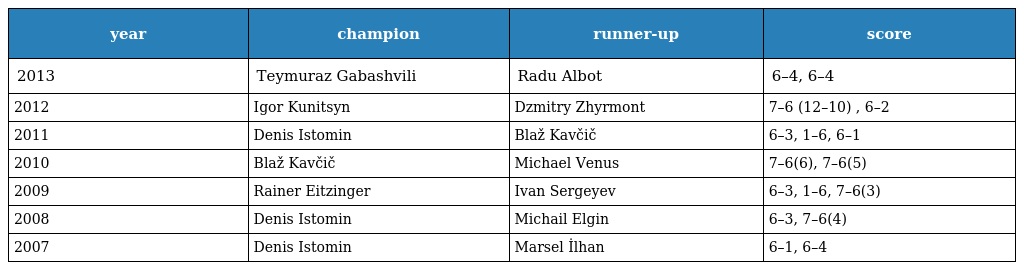
| year | champion | runner-up | score |
 | --- | --- | --- | --- |
 | 2013 | Teymuraz Gabashvili | Radu Albot | 6–4, 6–4 |
 | 2012 | Igor Kunitsyn | Dzmitry Zhyrmont | 7–6 (12–10) , 6–2 |
 | 2011 | Denis Istomin | Blaž Kavčič | 6–3, 1–6, 6–1 |
 | 2010 | Blaž Kavčič | Michael Venus | 7–6(6), 7–6(5) |
 | 2009 | Rainer Eitzinger | Ivan Sergeyev | 6–3, 1–6, 7–6(3) |
 | 2008 | Denis Istomin | Michail Elgin | 6–3, 7–6(4) |
 | 2007 | Denis Istomin | Marsel İlhan | 6–1, 6–4 |